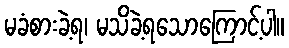
မခံစားခဲ့ရ၊ မသိခဲ့ရသောကြောင့်ပါ။